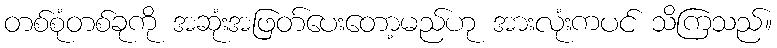
တစ်စုံတစ်ခုကို အဆုံးအဖြတ်ပေးတော့မည်ဟု အားလုံးကပင် သိကြသည်။